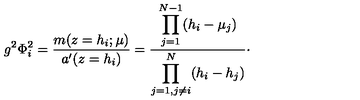
g ^ { 2 } \Phi _ { i } ^ { 2 } = { \frac { m ( z = h _ { i } ; \mu ) } { a ^ { \prime } ( z = h _ { i } ) } } = { \frac { \displaystyle \prod _ { j = 1 } ^ { N - 1 } ( h _ { i } - \mu _ { j } ) } { \displaystyle \prod _ { j = 1 , j \neq i } ^ { N } ( h _ { i } - h _ { j } ) } } \cdotp